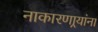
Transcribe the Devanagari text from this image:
नाकारणार्‍यांना